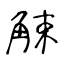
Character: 觫